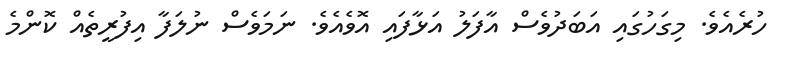
ހުރެއެވެ. މިގަހުގައި އަބަދުވެސް އާފަލު އަޅާފައި އޮވެއެވެ. ނަމަވެސް ނުލަފާ އިފުރީތެއް ކޮންމެ